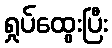
ရှုပ်ထွေးပြီး